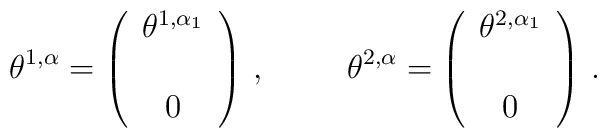
\theta^{1,\alpha}=\left(\begin{array}{c}\theta^{1,\alpha_{1}} \\\\0 \\\end{array}\right)\, ,  \hspace{1cm}\theta^{2,\alpha}=\left(\begin{array}{c}\theta^{2,\alpha_{1}} \\\\0 \\\end{array}\right)\, .